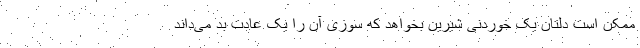
ممکن است دلتان یک خوردنی شیرین بخواهد که سوزی آن را یک عادت بد می‌داند